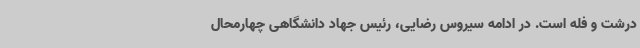
درشت و فله است. در ادامه سیروس رضایی، رئیس جهاد دانشگاهی چهارمحال